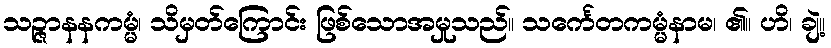
သဉ္ဇာနနကမ္မံ၊ သိမှတ်ကြောင်း ဖြစ်သောအမှုသည်။ သင်္ကေတကမ္မံနာမ၊ ၏။ ဟိ၊ ချဲ့။